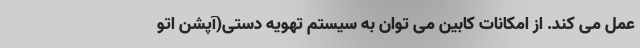
عمل می کند. از امکانات کابین می توان به سیستم تهویه دستی(آپشن اتو